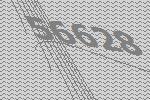
56628